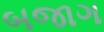
બજાગ